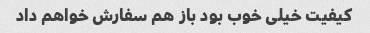
کیفیت خیلی خوب بود باز هم سفارش خواهم داد